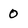
Character: 0